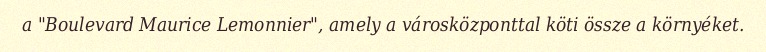
a "Boulevard Maurice Lemonnier", amely a városközponttal köti össze a környéket.